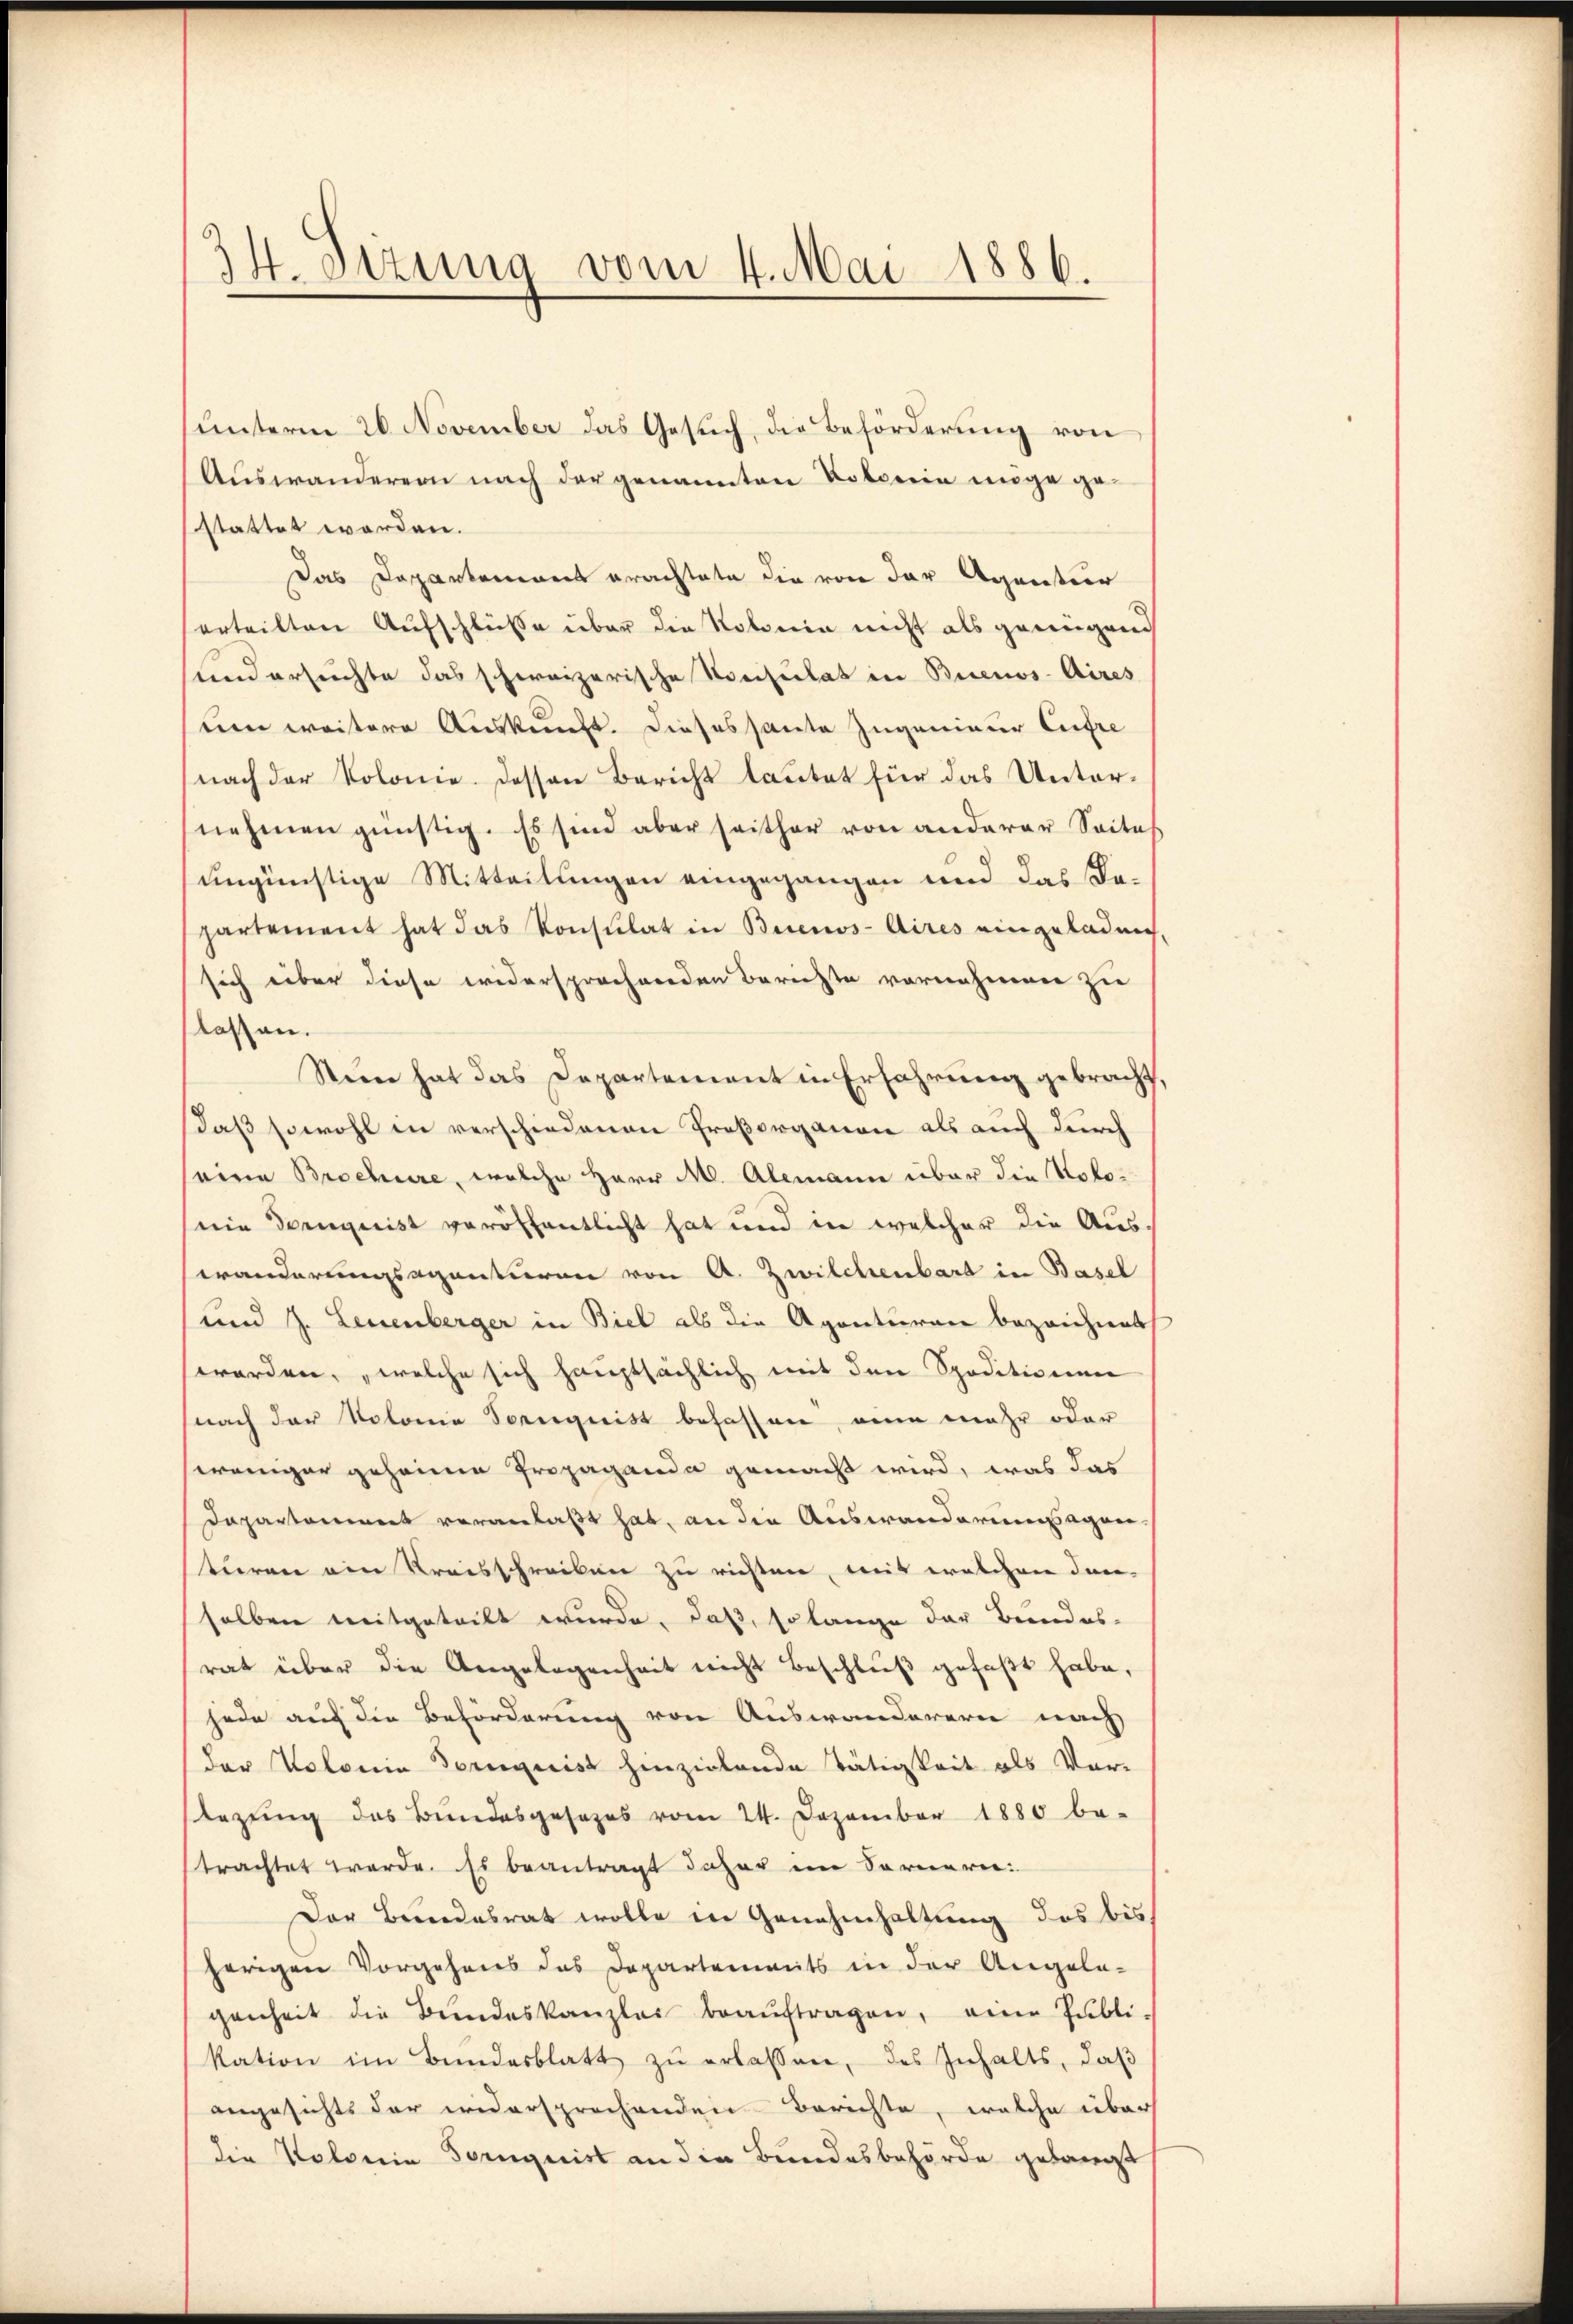
14. Sizung vom 4. Mai 1886.

Auswanderern nach der genannten Potorein möge gestattet worden.
Das Dappartemont erachtete die von der Agantier
erteilten Aufschlüsse über die Kolonie nicht als genügend
und ersuchte das schweizerische Konsulat in Buenos-Aires
um weitere Auskunft. Dieses samte Zugenieur Entre
nach der Kolonie. dessen Bericht lautet für das Unternehmen günstig. Es sind aber seither von anderer Seites
ungünstige Mitteilungen eingegangen und das dapartement hat das Konsulat in Buenos-Aires eingeladen.
sich über diese widersprochenden Berichte vornehmen zu
flassen.
Sun hat das Departement in Erfahrung gebracht,
daß sowohl in verschiedenen Proßorganen als auch durch
seine Brochüre, welche Herr M. Alemann über die Notonie Torngeist veröffentlicht hat und in welcher die Aus-
Veränderungsagenturen von A. Zwilchenbart in Basel
und J. Leuenberger in Biel als die Agenturen bezeichnet,
worden, „welche sich hauptsächlich mit den Speditionen
nach der Kolonie Sorgeist besassen, ein mehr oder
weniger geheime Propaganda gemacht wird, was das
Dapartament veranlaßt hat, an die Auswanderungsagenstiren ein Kreisschreiben zu richten, mit welchen den
selben mitgeteilt wurde, daß, so lange der Bundes-
rat über die Angelegenheit nicht beschlŭβ gefaßt habe,
jede auch die Beförderung von Auswanderern nach
der Volonia Dornquis hinzielende Tätigkeit als Vor-
tezung des Bundesgesezes vom 24. Dezember 1880 be-
trachtet werde. Es beantragt daher im Fornern:
Der Bundesrat wolle in Genehmhaltung des bis
herigen Vorgehens das Departements in der Angela-
genheit die Bŭndeskanzlei beaŭftragen, eine Publi-
kation im Bŭndesblatt zŭ erlassen, des Inhalts, daβ
angesichts der widersprochenden Berichte, welche über
die Kolonie Sorgnist an die Bundesbehörde gelangt

unterm 20. November das Gesuch, die Beförderung von